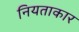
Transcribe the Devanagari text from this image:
नियताकार